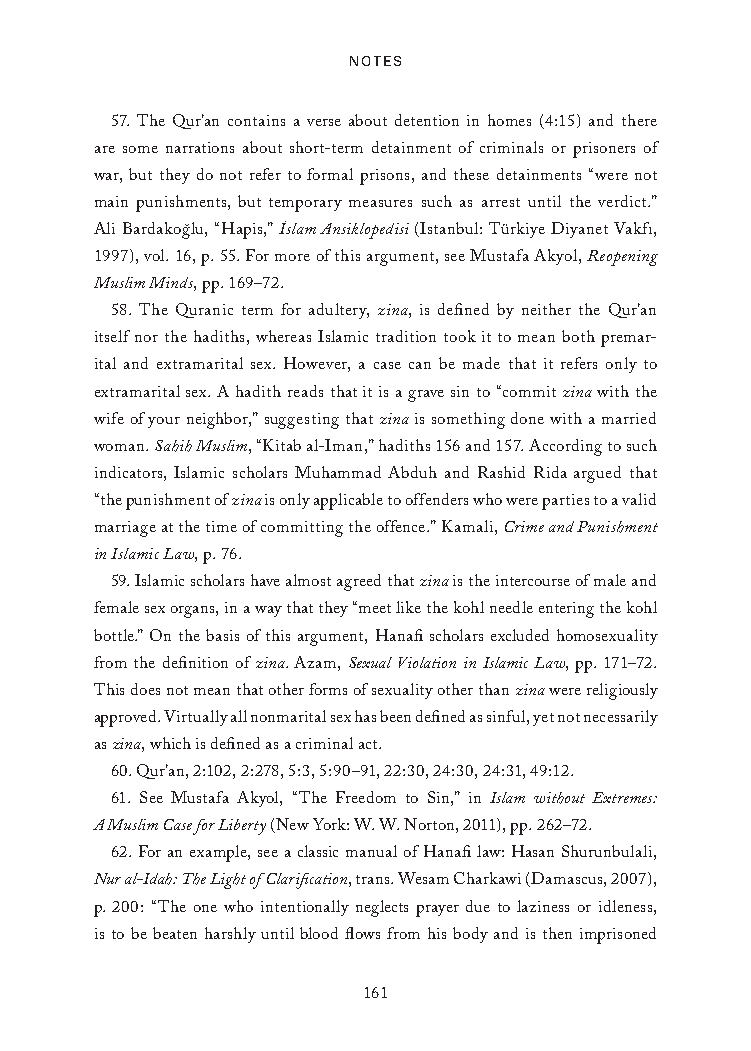
Notes
 57. The Qur’an contains a verse about detention in homes (4:15) and there
 are some narrations about short-term detainment of criminals or prisoners of
 war, but they do not refer to formal prisons, and these detainments “were not
 main punishments, but temporary measures such as arrest until the verdict.”
 Ali Bardakog˘lu, “Hapis,” I˙slam Ansiklopedisi (Istanbul: Türkiye Diyanet Vakfı,
 1997), vol. 16, p. 55. For more of this argument, see Mustafa Akyol, Reopening
 Muslim Minds, pp. 169–72.
 58. The Quranic term for adultery, zina, is defined by neither the Qur’an
 itself nor the hadiths, whereas Islamic tradition took it to mean both premar-
 ital and extramarital sex. However, a case can be made that it refers only to
 extramarital sex. A hadith reads that it is a grave sin to “commit zina with the
 wife of your neighbor,” suggesting that zina is something done with a married
 woman. Sahih Muslim, “Kitab al-Iman,” hadiths 156 and 157. According to such
 indicators, Islamic scholars Muhammad Abduh and Rashid Rida argued that
 “the punishment of zina is only applicable to offenders who were parties to a valid
 marriage at the time of committing the offence.” Kamali, Crime and Punishment
 in Islamic Law, p. 76.
 59. Islamic scholars have almost agreed that zina is the intercourse of male and
 female sex organs, in a way that they “meet like the kohl needle entering the kohl
 bottle.” On the basis of this argument, Hanafi scholars excluded homosexuality
 from the definition of zina. Azam, Sexual Violation in Islamic Law, pp. 171–72.
 This does not mean that other forms of sexuality other than zina were religiously
 approved. Virtually all nonmarital sex has been defined as sinful, yet not necessarily
 as zina, which is defined as a criminal act.
 60. Qur’an, 2:102, 2:278, 5:3, 5:90–91, 22:30, 24:30, 24:31, 49:12.
 61. See Mustafa Akyol, “The Freedom to Sin,” in Islam without Extremes:
 A Muslim Case for Liberty (New York: W. W. Norton, 2011), pp. 262–72.
 62. For an example, see a classic manual of Hanafi law: Hasan Shurunbulali,
 Nur al-Idah: The Light of Clarification, trans. Wesam Charkawi (Damascus, 2007),
 p. 200: “The one who intentionally neglects prayer due to laziness or idleness,
 is to be beaten harshly until blood flows from his body and is then imprisoned
 161
 25320_Ch12_Notes.indd 161              24/06/2021 10:34 AM